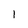
Character: 1